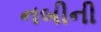
નબીની